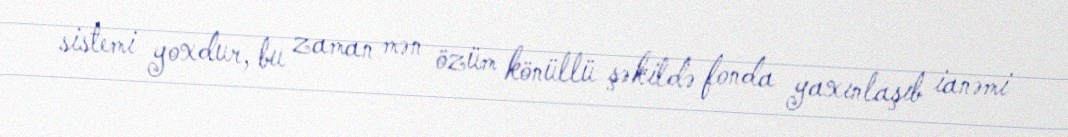
sistemi yoxdur, bu zaman mən özüm könüllü şəkildə fonda yaxınlaşıb ianəmi